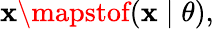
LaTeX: \mathbf{x}\mapstof(\mathbf{x}\mid\theta),